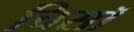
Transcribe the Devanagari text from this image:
चिसॉ